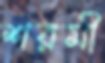
শরমী